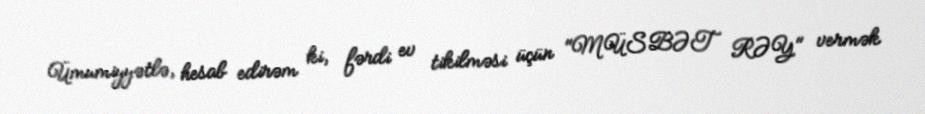
Ümumiyyətlə, hesab edirəm ki, fərdi ev tikilməsi üçün "MÜSBƏT RƏY" vermək